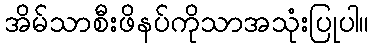
အိမ်သာစီးဖိနပ်ကိုသာအသုံးပြုပါ။